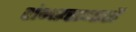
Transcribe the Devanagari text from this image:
शंभरसव्वाशें